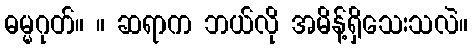
ဓမ္မဂုတ်။ ။ ဆရာက ဘယ်လို အမိန့်ရှိသေးသလဲ။